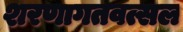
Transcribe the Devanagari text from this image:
शरणागतवत्सल